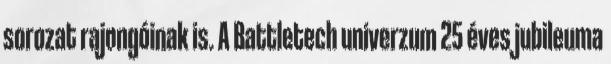
sorozat rajongóinak is. A Battletech univerzum 25 éves jubileuma